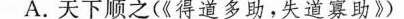
A.天下顺之(《得道多助，失道寡助》)